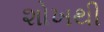
શોખથી